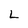
Character: L